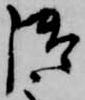
御